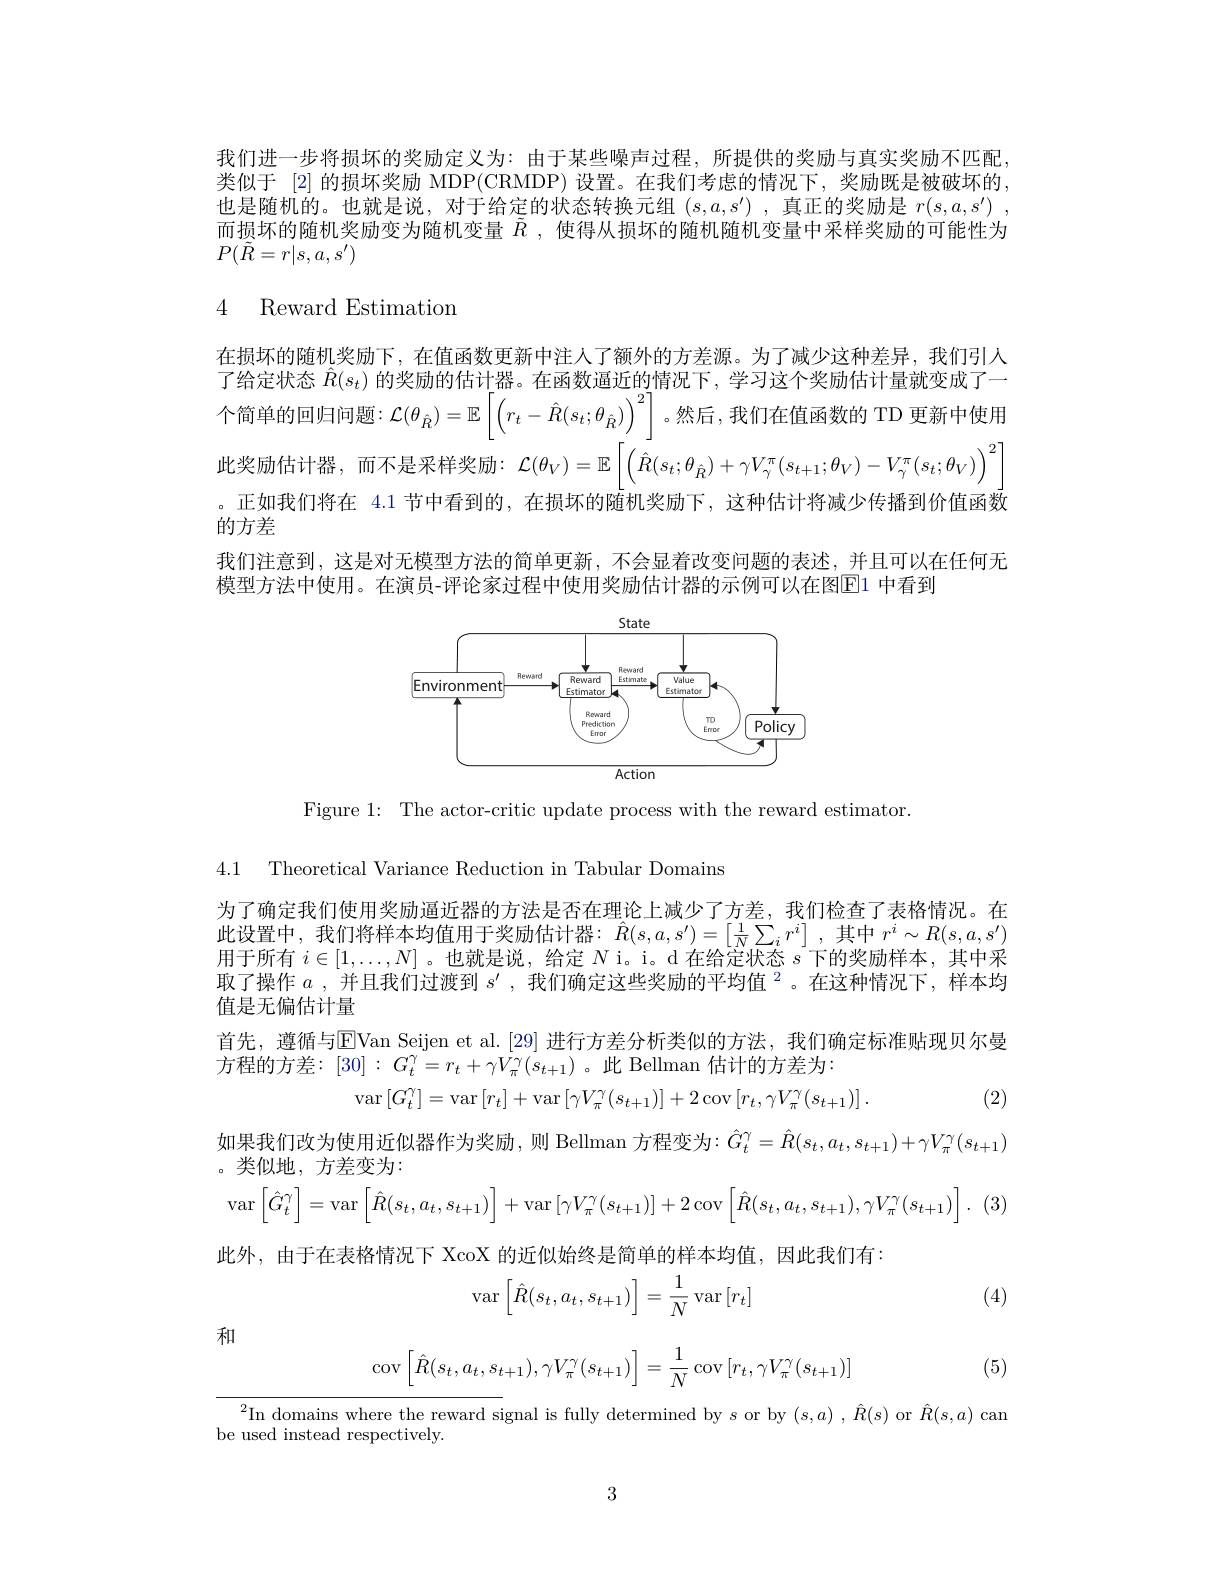
我们进一步将损坏的奖励定义为：由于某些噪声过程，所提供的奖励与真实奖励不匹配类似于 [2] 的损坏奖励 MDP(CRMDP) 设置。在我们考虑的情况下，奖励既是被破坏的也是随机的。也就是说，对于给定的状态转换元组$(s,a,s^\prime)$ ,真正的奖励是$r(s,a,s^\prime)$ . 而损坏的随机奖励变为随机变量$\tilde{R}$ ,使得从损坏的随机随机变量中采样奖励的可能性为$P(\tilde{R}=r|s,a,s^{\prime})$

# 4 Reward Estimation

在损坏的随机奖励下，在值函数更新中注人了额外的方差源。为了减少这种差异，我们引人了给定状态$\hat{R}(s_t)$的奖励的估计器。在函数逼近的情况下，学习这个奖励估计量就变成了一个简单的回归问题$:\mathcal{L}(\theta_{\hat{R}})=\mathbb{E}\left[\left(r_{t}-\hat{R}(s_{t};\theta_{\hat{R}})\right)^{2}\right]$。然后，我们在值函数的 TD 更新中使月此奖励估计器，而不是采样奖励$:\mathcal{L}(\theta_V)=\mathbb{E}\left[\left(\hat{\hat{R}}(s_t;\theta_{\hat{R}})+\gamma V_{\gamma}^{\pi}(s_{t+1};\theta_V)-V_{\gamma}^{\pi}(s_t;\theta_V)\right)^2\right]$ 。正如我们将在 4.1 节中看到的，在损坏的随机奖励下，这种估计将减少传播到价值函数的方差
我们注意到，这是对无模型方法的简单更新，不会显着改变问题的表述，并且可以在任何无
模型方法中使用。在演员-评论家过程中使用奖励估计器的示例可以在图E1 中看到

<FigureHere>

Figure 1: The actor-critic update process with the reward estimator

4.1 Theoretical Variance Reduction in Tabular Domains

为了确定我们使用奖励逼近器的方法是否在理论上减少了方差，我们检查了表格情况。在此设置中，我们将样本均值用于奖励估计器：$\hat{R}(s,a,s^{\prime})=\left[\frac1N\sum_ir^i\right]$,其中$r^i\sim R(s,a,s^{\prime})$ 用于所有$i\in[1,\ldots,N]$ 。也就是说，给定$N$ i。i。d 在给定状态$s$下的奖励样本，其中采取了操作$a$ , 并 且 我 们 过 渡 到 $s^{\prime }\mathrm{~, ~我 们 确 定 这 些 奖 励 的 平 均 值 ~}^2$。在这种情况下，样本均值是无偏估计量
首先，遵循与$\overline{\mathrm{E}}$Van Seijen et al.[29] 进行方差分析类似的方法，我们确定标准贴现贝尔曼
方程的方差：$[30]:G_{t}^{\gamma}=r_{t}+\gamma\dot{V}_{\pi}^{\gamma}(s_{t+1})$。此 Bellman 估计的方差为：
$$\mathrm{var}\left[G_{t}^{\gamma}\right]=\mathrm{var}\left[r_{t}\right]+\mathrm{var}\left[\gamma V_{\pi}^{\gamma}(s_{t+1})\right]+2\:\mathrm{cov}\left[r_{t},\gamma V_{\pi}^{\gamma}(s_{t+1})\right].$$
(2)

如果我们改为使用近似器作为奖励，则 Bellman 方程变为$:\hat{G}_t^\gamma=\hat{R}(s_t,a_t,s_{t+1})+\gamma V_\pi^\gamma(s_{t+1})$
$$\operatorname{var}\left[\hat G_t^\gamma\right]=\operatorname{var}\left[\hat R(s_t,a_t,s_{t+1})\right]+\operatorname{var}\left[\gamma V_\pi^\gamma(s_{t+1})\right]+2\operatorname{cov}\left[\hat R(s_t,a_t,s_{t+1}),\gamma V_\pi^\gamma(s_{t+1})\right].$$
。类似地，方差变为：
此外，由于在表格情况下 XcoX 的近似始终是简单的样本均值，因此我们有：

(4)
$$\operatorname{var}\left[\hat{R}(s_t,a_t,s_{t+1})\right]=\frac{1}{N}\operatorname{var}\left[r_t\right]$$
$$\operatorname{cov}\left[\hat{R}(s_t,a_t,s_{t+1}),\gamma V_\pi^\gamma(s_{t+1})\right]=\frac{1}{N}\operatorname{cov}\left[r_t,\gamma V_\pi^\gamma(s_{t+1})\right]$$
和

(5)

$^2$In domains where the reward signal is fully determined by $s$ or by $(s,a)$ ,$\hat{R}(s)$ or $\hat{R}(s,a)$ can
be used instead respectively.

3